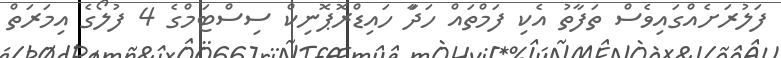
ފަލުރަށެއްގައިވެސް ތަފާތު އެކި ފަމްތައް ހަދަާ ހައިޑްރޮޕޮނިކް ސިސްޓަމްގެ 4 ފުލޯގެ އިމަރަތް